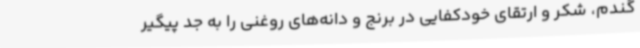
گندم، شکر و ارتقای خودکفایی در برنج و دانه‌های روغنی را به جد پیگیر